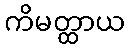
ကိမတ္ထာယ